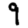
Digit: 9